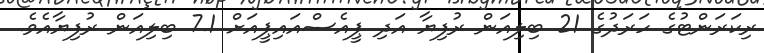
ރިކަރަންޓުގެ ހަރަދުގެ 21 ބިލިއަން ރުފިޔާ އަދި ޕީއެސްއައިޕީއަށް 7.1 ބިލިއަން ރުފިޔާއެވެ.